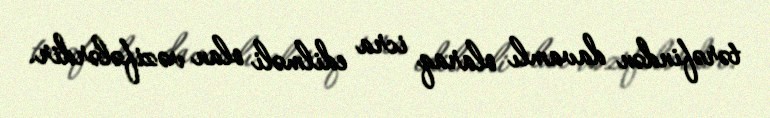
tərəfindən davamlı olaraq icra edilməli olan vəzifələrdir.